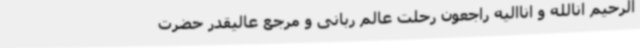
الرحیم انالله و اناالیه راجعون رحلت عالم ربانی و مرجع عالیقدر حضرت